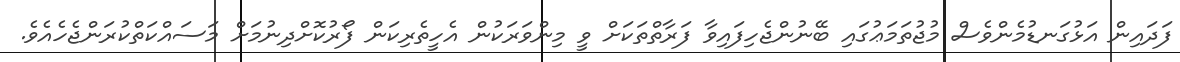
ފަދައިން އަޅުގަނޑުމެންވެސް މުޖުތަމަޢުގައި ބޭނުންޖެހިފައިވާ ފަރާތްތަކަށް ވީ މިންވަރަކުން އެހީތެރިކަން ފޯރުކޮށްދިނުމަށް މަސައްކަތްކުރަންޖެހެއެވެ.